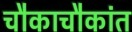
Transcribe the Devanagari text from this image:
चौकाचौकांत